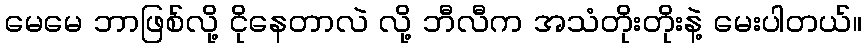
မေမေ ဘာဖြစ်လို့ ငိုနေတာလဲ လို့ ဘီလီက အသံတိုးတိုးနဲ့ မေးပါတယ်။